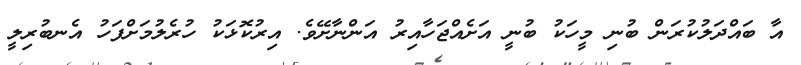
އާ ބައްދަލުކުރަން ބުނި މީހަކު ބުނީ އަށެއްޖަހާއިރު އަންނާށޭވެ. އިރުކޮޅަކު ހުރެލުމަށްފަހު އެނބުރިލީ